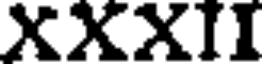
XXXII